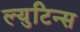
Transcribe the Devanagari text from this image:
ल्युटिन्स